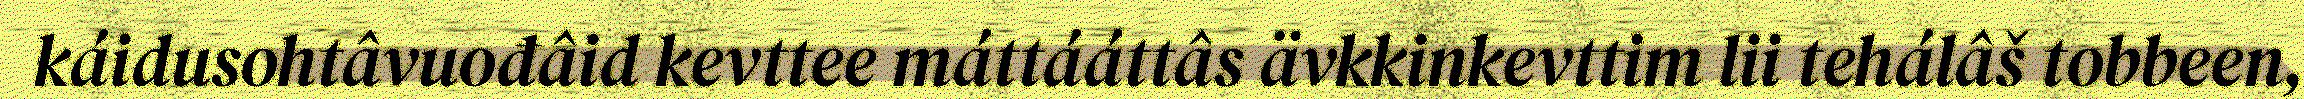
káidusohtâvuođâid kevttee máttááttâs ävkkinkevttim lii tehálâš tobbeen,